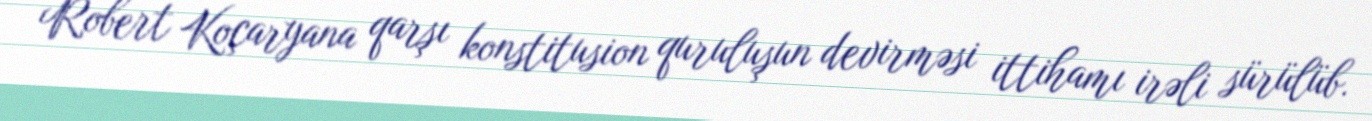
Robert Koçaryana qarşı konstitusion quruluşun devirməsi ittihamı irəli sürülüb.